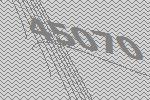
45070